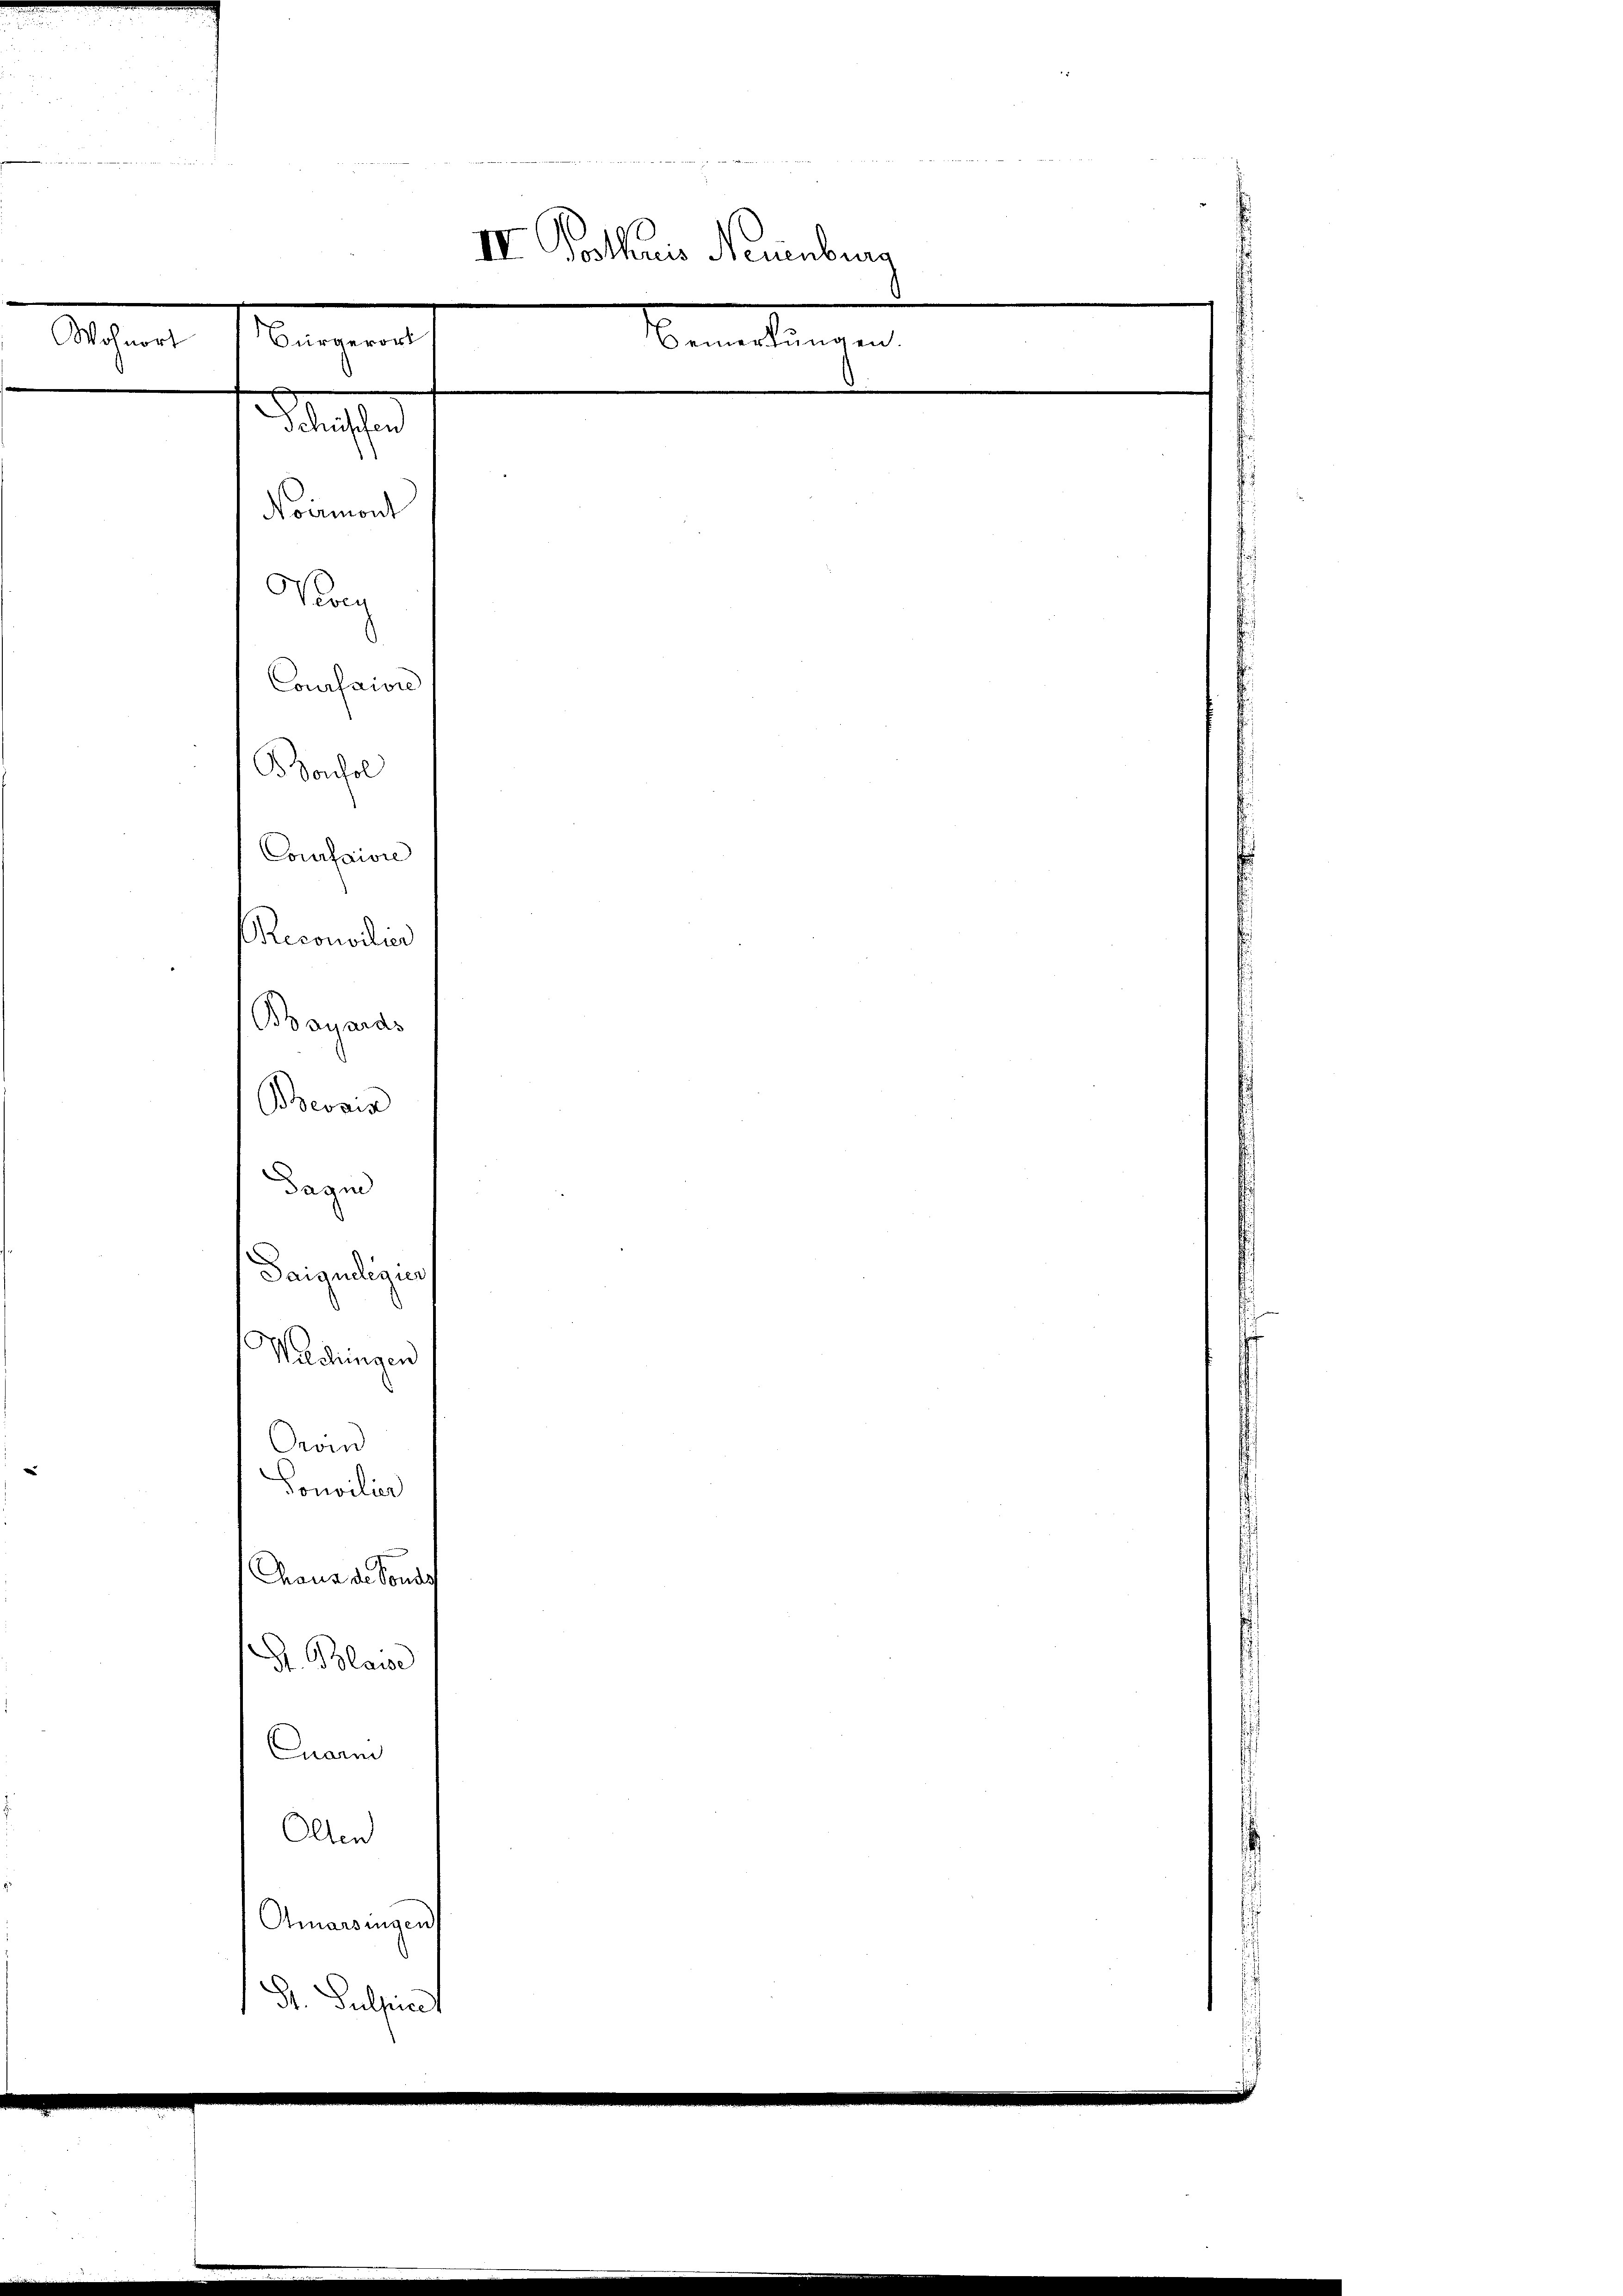
Wohnort

Bürgerort

d
Coursuivre
Bonhel
Coursaiore
Reconsilier
Bayards
Bevais

dazu
Sarguelegier
Waldungen
Grond
Concilier
Chaus de Sond
S. Blaise
Quari
Olten
Amarsingen)
S. Pulfer

Noiemont
ung

ae

IV. Posthuis Neuenburg
6
Bemerkungen.